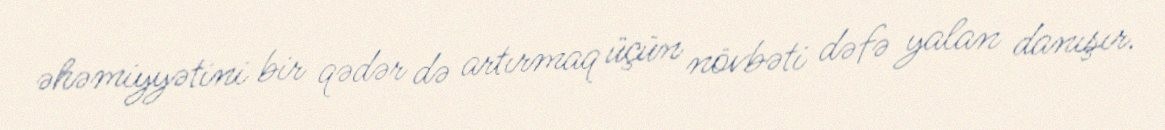
əhəmiyyətini bir qədər də artırmaq üçün növbəti dəfə yalan danışır.